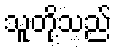
သူတို့သည်